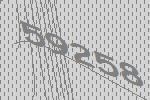
59258